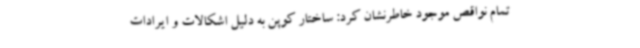
تمام نواقص موجود خاطرنشان کرد: ساختار کوپن به دلیل اشکالات و ایرادات